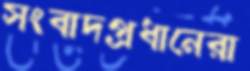
সংবাদপ্রধানেরা